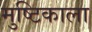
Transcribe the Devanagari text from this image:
मुष्टिकाला